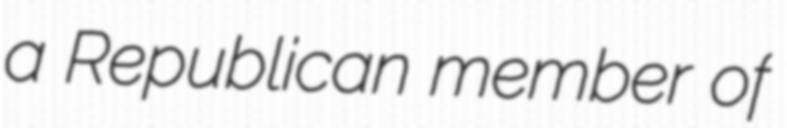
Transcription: a Republican member of